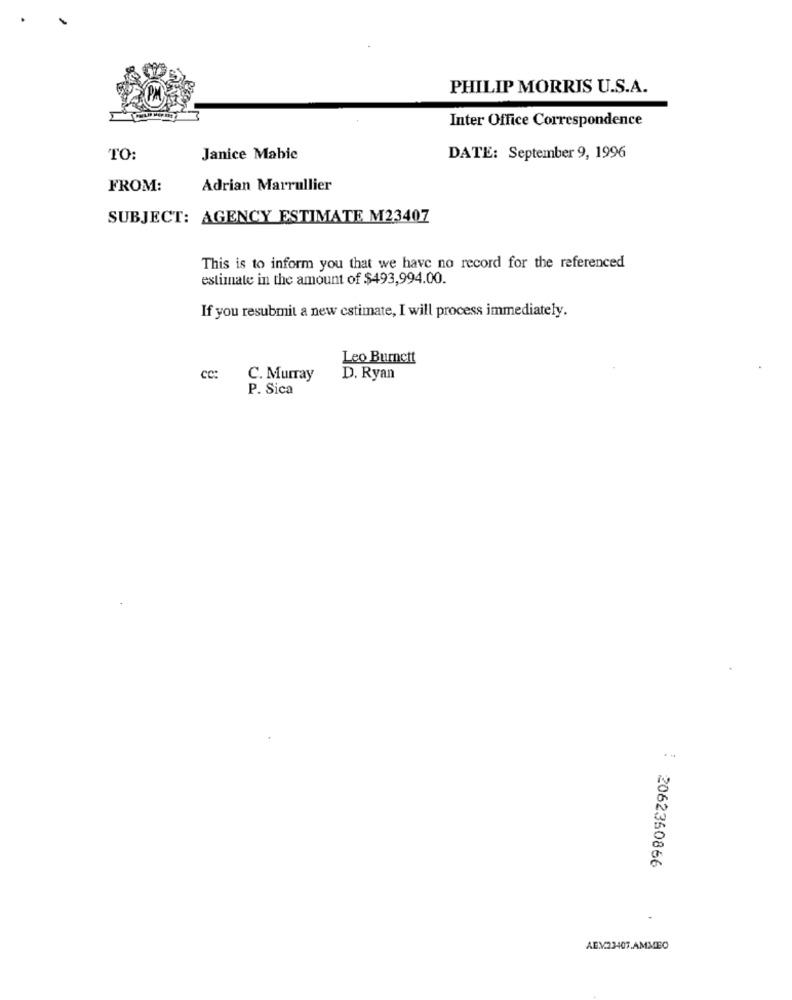
PHILIP MORRIS U.S.A.
Inter Office Correspondence
TO:
Janice Mabie
DATE: September 9, 1996
FROM:
Adrian Marrullier
SUBJECT: AGENCY ESTIMATE M23407
This is to inform you that we have no record for the referenced
estimate in the amount of $493,994.00.
If you resubmit a new estimate, I will process immediately.
Leo Burnett
cc:
C. Murray
D. Ryan
P. Sica
2062350866
AEX23407.AMMEO